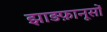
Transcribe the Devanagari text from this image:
झाड़फ़ानूसों